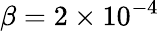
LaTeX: \beta=2\times 10^{-4}